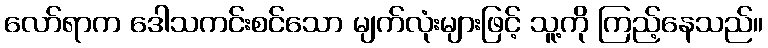
လော်ရာက ဒေါသကင်းစင်သော မျက်လုံးများဖြင့် သူ့ကို ကြည့်နေသည်။